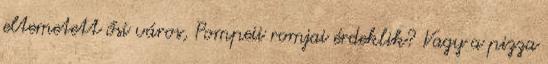
eltemetett ősi város, Pompeii romjai érdeklik? Vagy a pizza